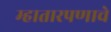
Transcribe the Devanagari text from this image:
म्हातारपणाचे